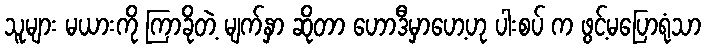
သူများ မယားကို ကြာခိုတဲ့ မျက်နှာ ဆိုတာ ဟောဒီမှာဟေ့ဟု ပါးစပ် က ဖွင့်မပြောရုံသာ